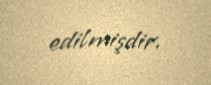
edilmişdir.